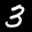
Label: 3